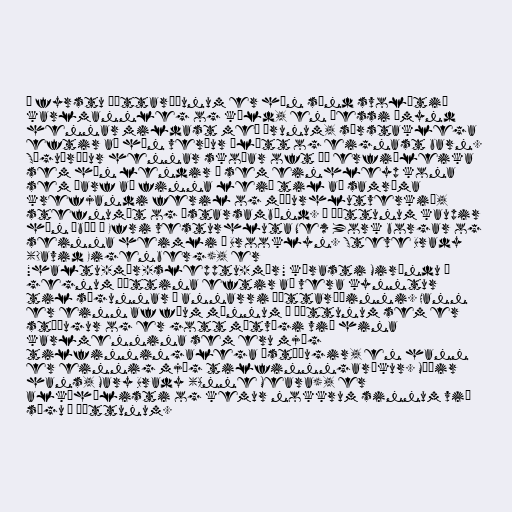
Í fyrstu þáttaröðunum er hún sýnd svolítið
karlmannleg og köld, en þessi ímynd
hennar mildast með árunum, sérstaklega
eftir að hún verður ólétt og eignast barn.
Söguþráður hennar skoðar oft þá erfiðleika
sem hún lendir í sem einhleyp kona
sem þarf að finna leið til að samræma
krefjandi feril og móðurhlutverkið,
stefnumót og ástarsambönd. Í þáttunum kaupir
hún íbúð í Efri vesturhluta New York borgar og
seinna heimli í Brooklyn. Steve Brady
(David Eigenberg), er
"haltu-mér-slepptu-mér" kærasti Miröndu í
gegnum þættina eftir að vera kynntur
til sögunnar í annarri þáttaröðinni. Hann
er einn af fáum mönnum í þáttunum sem er
stöðugur og er gott mótvægi við hina
karlmennina sem eru mjög
tilfinningalega óstöðugir, en hann
er einnig mjög tilfinnngaríkur. Móðir
hans, Mary Brady (Anne Meara), er
alkóhólisti og kemur nokkrum sinnum við
sögu í þáttunum.